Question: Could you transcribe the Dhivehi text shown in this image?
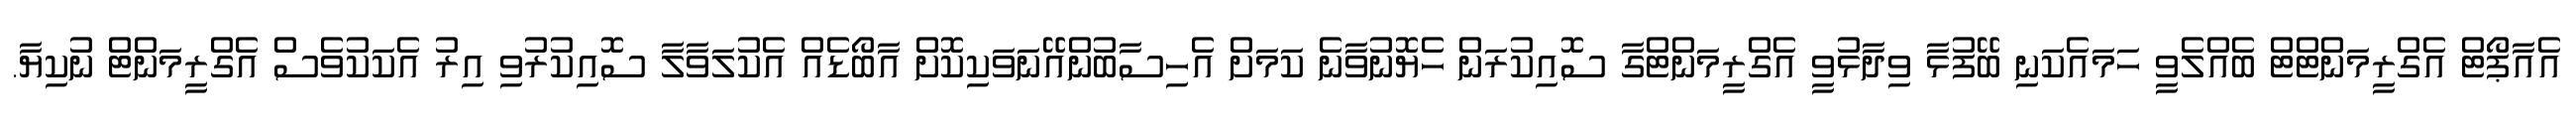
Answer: އެއާޕޯޓް އެގްރީމަންޓްޓް ބެއްލެވީ ހަމައެކަނި ބޭފުޅާ ވިދާޅުވީ އެގްރީމަންޓްގާ ސޮއިކުރަން ހެޔޮނުވާނެ ކަމަށް އެހިސާބުންއޭނަވަކިކޮށް އާބޯޑެއް އެކުލަވާލާ ސޮއިކުރުވި އިރު އެކަކުވެސް އެގްރީމަންޓް ނުކިޔާ.